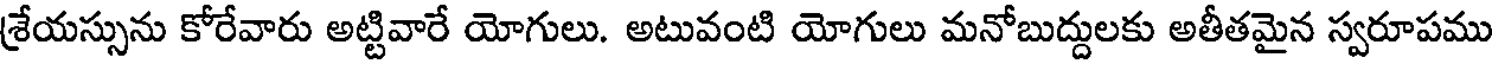
శ్రేయస్సును కోరేవారు అట్టివారే యోగులు. అటువంటి యోగులు మనోబుద్దులకు అతీతమైన స్వరూపము